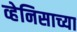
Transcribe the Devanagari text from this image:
व्हेनिसाच्या